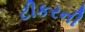
ટીકરની